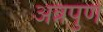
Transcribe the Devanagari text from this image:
अन्नपुर्ण